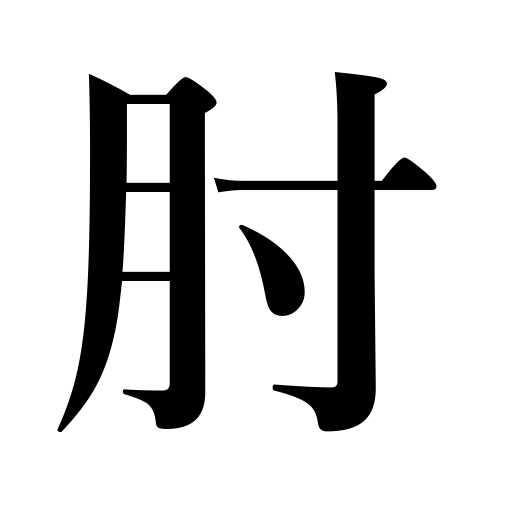
Meanings: elbow,arm of something